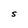
Character: S